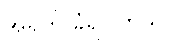
အရိုက် ခံရပါတယ်။